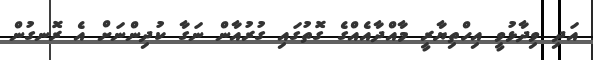
އަދި ވިދާޅުވީ އިހްތިޔާރީ މާއްދާއެއްގެ ގޮތުގައި ގުރުއާން ނަގާ ކުދިންނަށް އެ ރޮނގުން